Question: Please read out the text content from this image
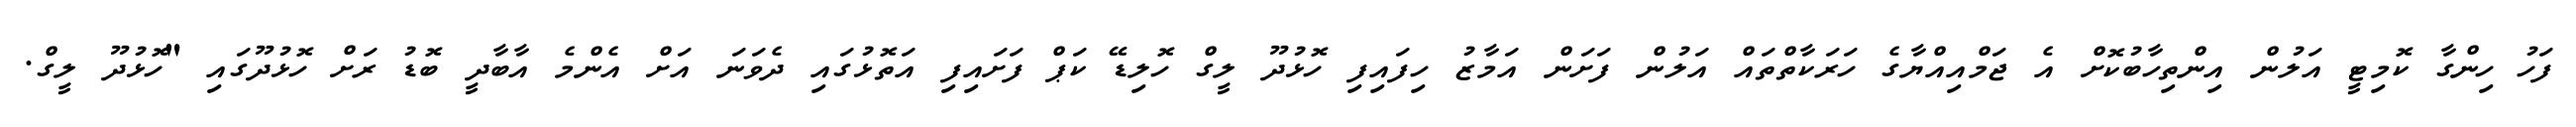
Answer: ފަހު ހިންގާ ކޮމިޓީ އަލުން އިންތިހާބުކޮށް އެ ޖަމްއިއްޔާގެ ހަރަކާތްތައް އަލުން ފަށަން އަމާޒު ހިފައިފި ހޮޅުދޫ ލީގް ހޮލިޑޭ ކަޕް ފަށައިފި އަތޮޅުގައި ދެވަނަ އަށް އެންމެ އާބާދީ ބޮޑު ރަށް ހޮޅުދޫގައި "ހޮޅުދޫ ލީގް.